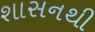
શાસનથી